On the action of the venoms of the cobra (Naja tripudians) and of the daboia (Daboia russellii) on the red blood corpuscles and on the blood plasma - Number 4
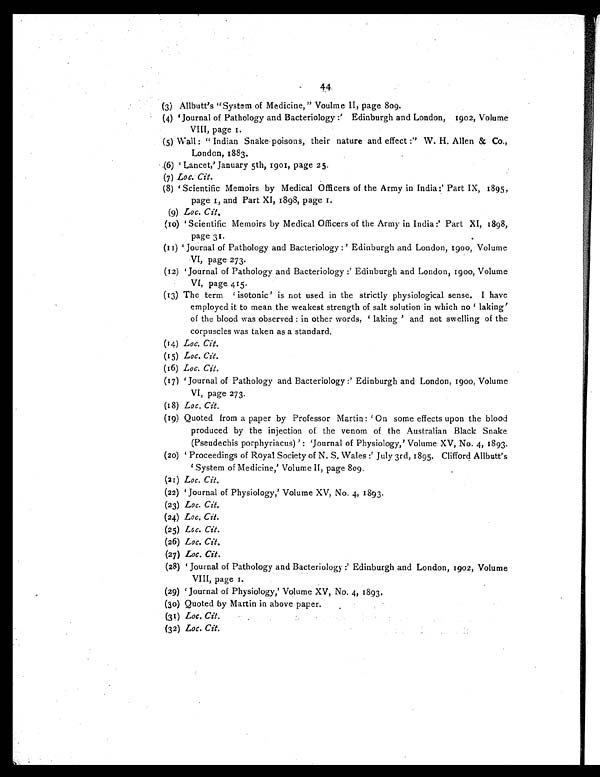
44
(3) Allbutt's "System of Medicine," Voulme II, page 809.
(4) 'Journal of Pathology and Bacteriology :' Edinburgh and London, 1902, Volume
VIII, page 1.
(5) Wall : " Indian Snake poisons, their nature and effect :" W. H. Allen & Co.,
London, 1883.
(6) 'Lancet,' January 5th, 1901, page 25.
(7)Loc. Cit.
(8)
'Scientific Memoirs by Medical Officers of the Army in India :' Part IX, 1895,
page 1, and Part XI, 1898, page 1.
(9) Loc. Cit.
(10) 'Scientific Memoirs by Medical Officers of the Army in India :' Part XI, 1898,
page 31.
(11) 'Journal of Pathology and Bacteriology : ' Edinburgh and London, 1900, Volume
VI, page 273.
(12) 'Journal of Pathology and Bacteriology :' Edinburgh and London, 1900, Volume
VI, page 415.
( 13) The t e r m ' i s ot oni c ' i s not us e d i n t he s t r i c t l y phys i ol ogi c a l s e ns e . I ha ve
employed it to mean the weakest strength of salt solution in which no 'laking'
of the blood was observed : in other words, 'laking' and not swelling of the
corpuscles was taken as a standard.
(14) Loc. Cit.
(15) Loc. Cit.
(16) Loc. Cit.
(17)
'Journal of Pathology and Bacteriology :' Edinburgh and London, 1900, Volume
VI, page 273.
(18) Loc. Cit.
(19) Quoted from a paper by Professor Martin : 'On some effects upon the blood
produced by the injection of the venom of the Australian Black Snake
(Pseudechis porphyriacus) ' : 'Journal of Physiology,' Volume XV, No. 4, 1893.
(20) 'Proceedings of Royal Society of N. S. Wales :' July 3rd, 1895. Clifford Allbutt's
System of Medicine,' Volume II, page 809.
(21) Loc. Cit.
(22)
'Journal of Physiology,' Volume XV, No. 4, 1893.
(23) Loc. Cit.
(24) Loc. Cit.
(25) Loc. Cit.
(26) Loc. Cit.
(27) Loc. Cit.
(28)
'Journal of Pathology and Bacteriology :' Edinburgh and London, 1902, Volume
VIII, page 1.
(29)
'Journal of Physiology,' Volume XV, No. 4, 1893.
(30) Quoted by Martin in above paper.
(31) Loc. Cit.
(32) Loc. Cit.